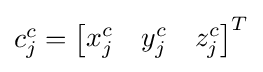
\textstyle c_{j}^{c}={\begin{bmatrix}x_{j}^{c}&y_{j}^{c}&z_{j}^{c}\end{bmatrix}}^{T}